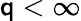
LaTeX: \mathsf{q}<\infty